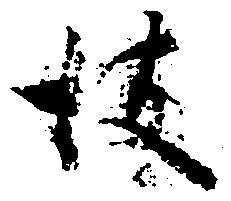
彼